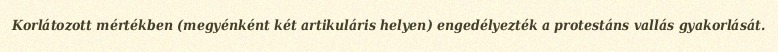
Korlátozott mértékben (megyénként két artikuláris helyen) engedélyezték a protestáns vallás gyakorlását.